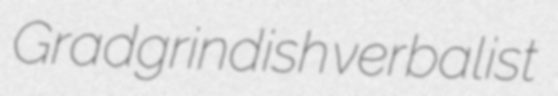
Gradgrindish verbalist